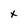
Character: x